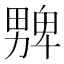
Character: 𱰾